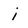
Character: j